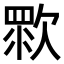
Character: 𣣴